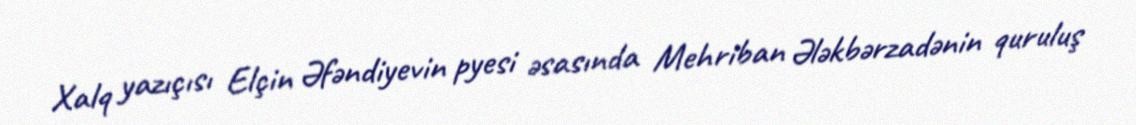
Xalq yazıçısı Elçin Əfəndiyevin pyesi əsasında Mehriban Ələkbərzadənin quruluş